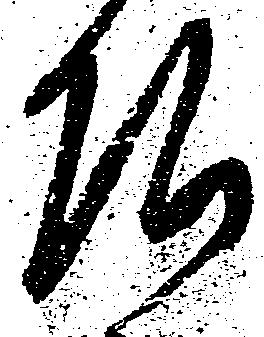
頭